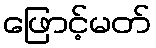
ဖြောင့်မတ်